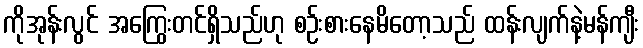
ကိုအုန်းလွင် အကြွေးတင်ရှိသည်ဟု စဉ်းစားနေမိတော့သည် ထန်းလျက်နဲ့မန်ကျီး